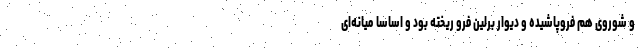
و شوروی هم فروپاشیده و دیوار برلین فرو ریخته بود و اساسا میانه‌ای